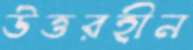
উত্তরহীন